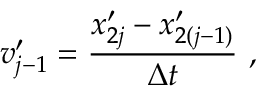
v _ { j - 1 } ^ { \prime } = \frac { x _ { 2 j } ^ { \prime } - x _ { 2 ( j - 1 ) } ^ { \prime } } { \Delta t } \mathrm { ~ , ~ }